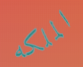
الملكه